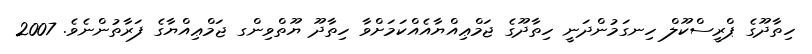
ހިތާދޫގެ ޕްރީސްކޫލް ހިނގަމުންދަނީ ހިތާދޫގެ ޖަމްޢިއްޔާއެއްކަމަށްވާ ހިތާދޫ ޔޫތްވިންގ ޖަމްޢިއްޔާގެ ފަރާތުންނެވެ. 2007